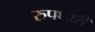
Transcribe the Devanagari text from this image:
रुपधारी